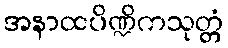
အနာထပိဏ္ဍိကသုတ္တံ